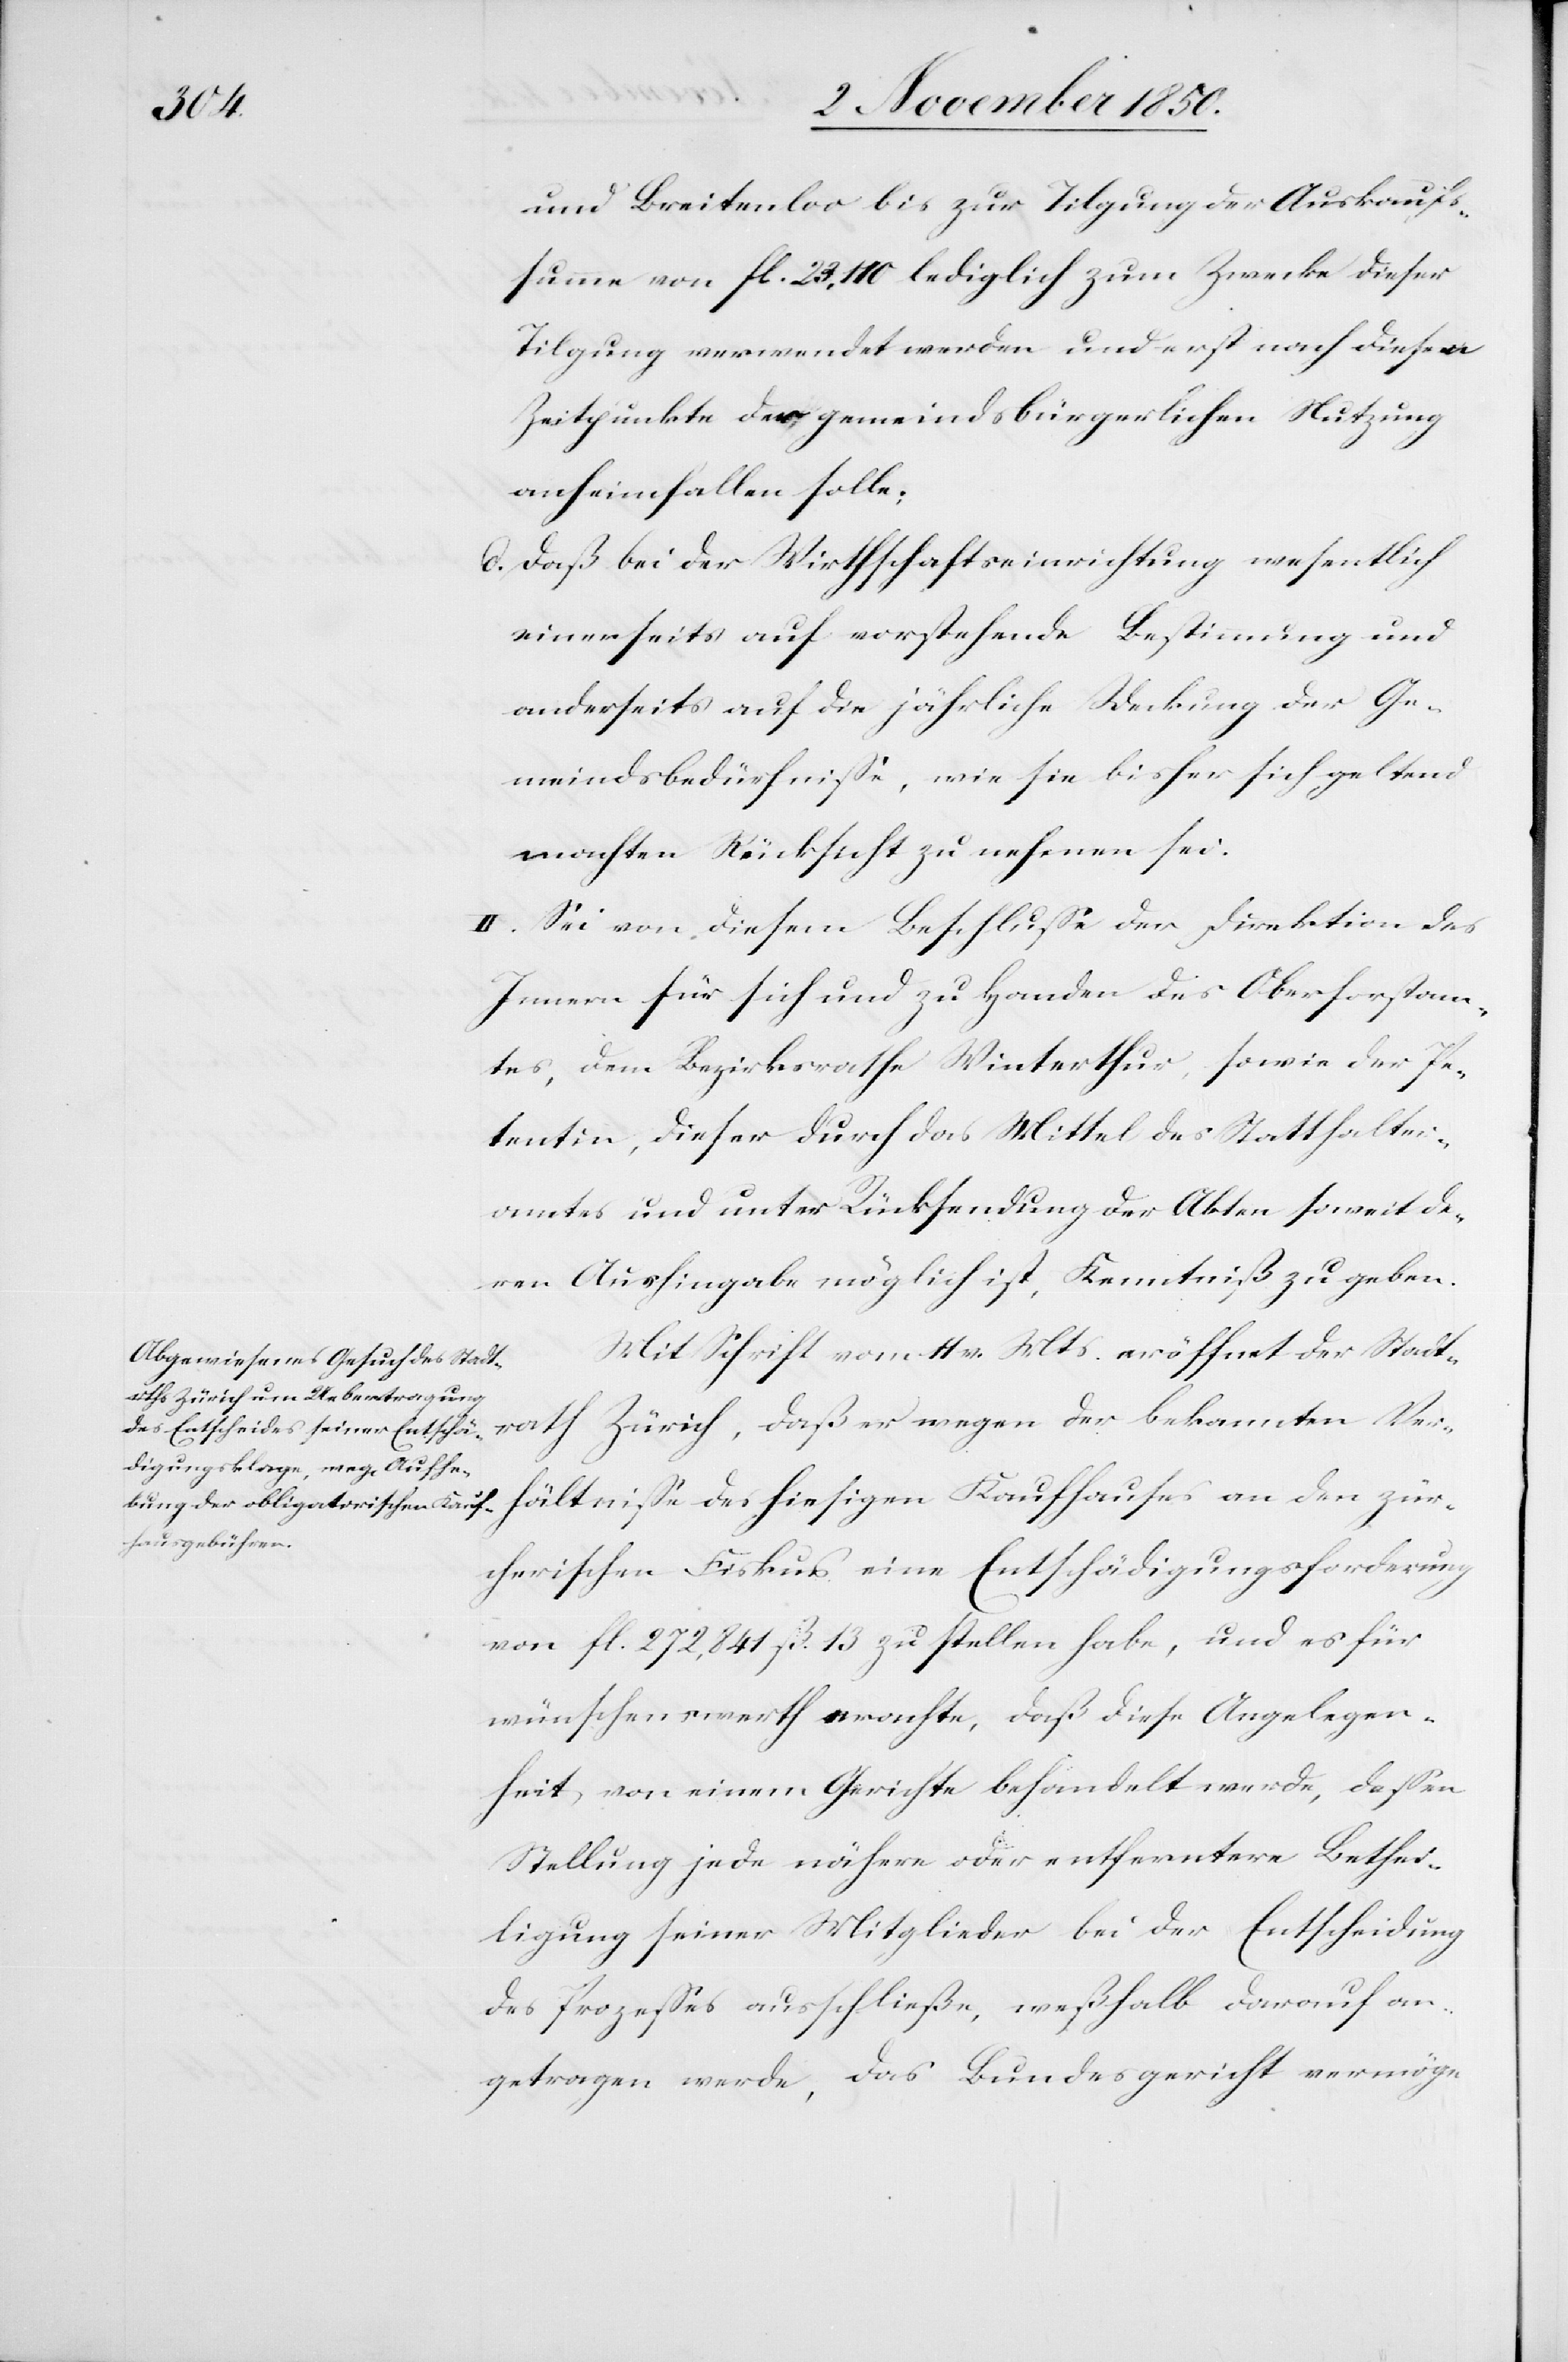
und Breitenloo bis zur Tilgung der Auskaufs¬
summe von fl. 23,110 lediglich zum Zwecke dieser
Tilgung verwendet werden und erst nach diesem
Zeitpunkte der gemeindsbürgerlichen Nutzung
anheimfallen sollte.
d. Daß bei der Wirthschaftseinrichtung wesentlich
einerseits auf vorstehende Bestimmung und
anderseits auf die jährliche Deckung der Ge¬
meindsbedürfnisse, wie sie bisher sich geltend
machten Rücksicht zu nehmen sei.
II. Sei von diesem Beschlusse der Direktion des
Innern für sich und zu Handen des Oberforstam¬
tes, dem Bezirksrathe Winterthur, sowie der Pe¬
tentin, dieser durch das Mittel des Statthalter¬
amtes und unter Rücksendung der Akten soweit de¬
ren Aushingabe möglich ist, Kenntniß zu geben.
Mit Schrift vom 11 v. Mts. eröffnet der Stadt¬
rath Zürich, daß er wegen der bekannten Ver¬
hältnisse des hiesigen Kaufhauses an den zür¬
cherischen Fiskus eine Entschädigungsforderung
von fl. 272,841 ß. 13 zu stellen habe, und es für
wünschenswerth erachte, daß diese Angelegen¬
heit von einem Gerichte behandelt werde, dessen
Stellung jede nähere oder entferntere Bethei¬
ligung seiner Mitglieder bei der Entscheidung
des Prozesses ausschließe, weßhalb darauf an¬
getragen werde, das Bundesgericht vermöge